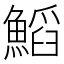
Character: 𩹴